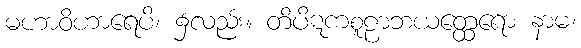
မဟာဝိဟာရေပိ၊ ၌လည်း။ တိပိဋကစူဠာဘယတ္ထေရော နာမ၊